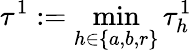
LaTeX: \tau^{1}:=\operatorname*{min}_{h\in\{ a,b,r\} }\tau_{h}^{1}